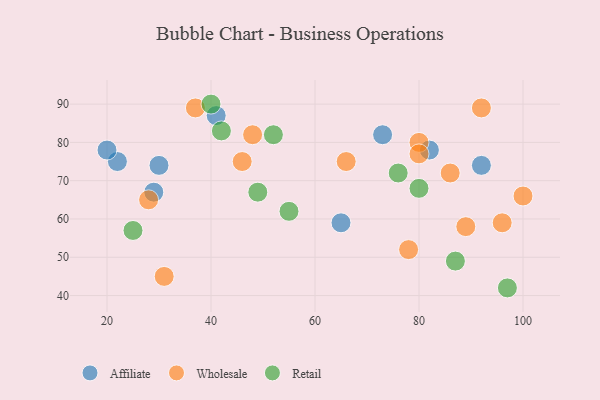
{"axis": {"x": "GDP", "y": "Life Expectancy"}, "legend": ["Affiliate", "Retail", "Wholesale"], "data": [{"x": "92", "y": 74, "type": "Affiliate"}, {"x": "22", "y": 75, "type": "Affiliate"}, {"x": "30", "y": 74, "type": "Affiliate"}, {"x": "41", "y": 87, "type": "Affiliate"}, {"x": "65", "y": 59, "type": "Affiliate"}, {"x": "82", "y": 78, "type": "Affiliate"}, {"x": "20", "y": 78, "type": "Affiliate"}, {"x": "73", "y": 82, "type": "Affiliate"}, {"x": "29", "y": 67, "type": "Affiliate"}, {"x": "66", "y": 75, "type": "Wholesale"}, {"x": "80", "y": 80, "type": "Wholesale"}, {"x": "46", "y": 75, "type": "Wholesale"}, {"x": "100", "y": 66, "type": "Wholesale"}, {"x": "48", "y": 82, "type": "Wholesale"}, {"x": "96", "y": 59, "type": "Wholesale"}, {"x": "89", "y": 58, "type": "Wholesale"}, {"x": "28", "y": 65, "type": "Wholesale"}, {"x": "80", "y": 77, "type": "Wholesale"}, {"x": "86", "y": 72, "type": "Wholesale"}, {"x": "78", "y": 52, "type": "Wholesale"}, {"x": "92", "y": 89, "type": "Wholesale"}, {"x": "37", "y": 89, "type": "Wholesale"}, {"x": "31", "y": 45, "type": "Wholesale"}, {"x": "40", "y": 90, "type": "Retail"}, {"x": "55", "y": 62, "type": "Retail"}, {"x": "97", "y": 42, "type": "Retail"}, {"x": "49", "y": 67, "type": "Retail"}, {"x": "87", "y": 49, "type": "Retail"}, {"x": "80", "y": 68, "type": "Retail"}, {"x": "76", "y": 72, "type": "Retail"}, {"x": "52", "y": 82, "type": "Retail"}, {"x": "42", "y": 83, "type": "Retail"}, {"x": "25", "y": 57, "type": "Retail"}]}